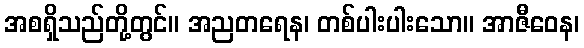
အစရှိသည်တို့တွင်။ အညတရေန၊ တစ်ပါးပါးသော။ အာဇီဝေန၊